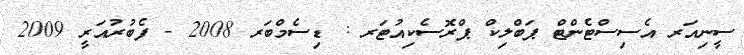
ސީނިއަރ އެސިސްޓެންޓް ޕަބްލިކް ޕްރޮސެކިއުޓަރ : ޑިސެމްބަރ 2008 - ފެބުރުއަރީ 2009